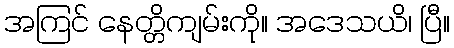
အကြင် နေတ္တိကျမ်းကို။ အဒေသယိ၊ ပြီ။